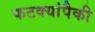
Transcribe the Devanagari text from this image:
फटक्यांपैकी